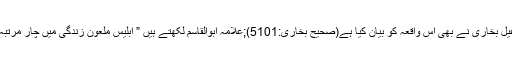
امام محمد بن اسماعیل بخاری نے بھی اس واقعہ کو بیان کیا ہے(صحیح بخاری:5101);علامہ ابوالقاسم لکھتے ہیں ” ابلیس ملعون زندگی میں چار مرتبہ چیخ مار کر رویا۔